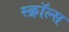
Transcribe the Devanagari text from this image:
स्क्रॉल्स